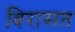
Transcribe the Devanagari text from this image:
बिरासत